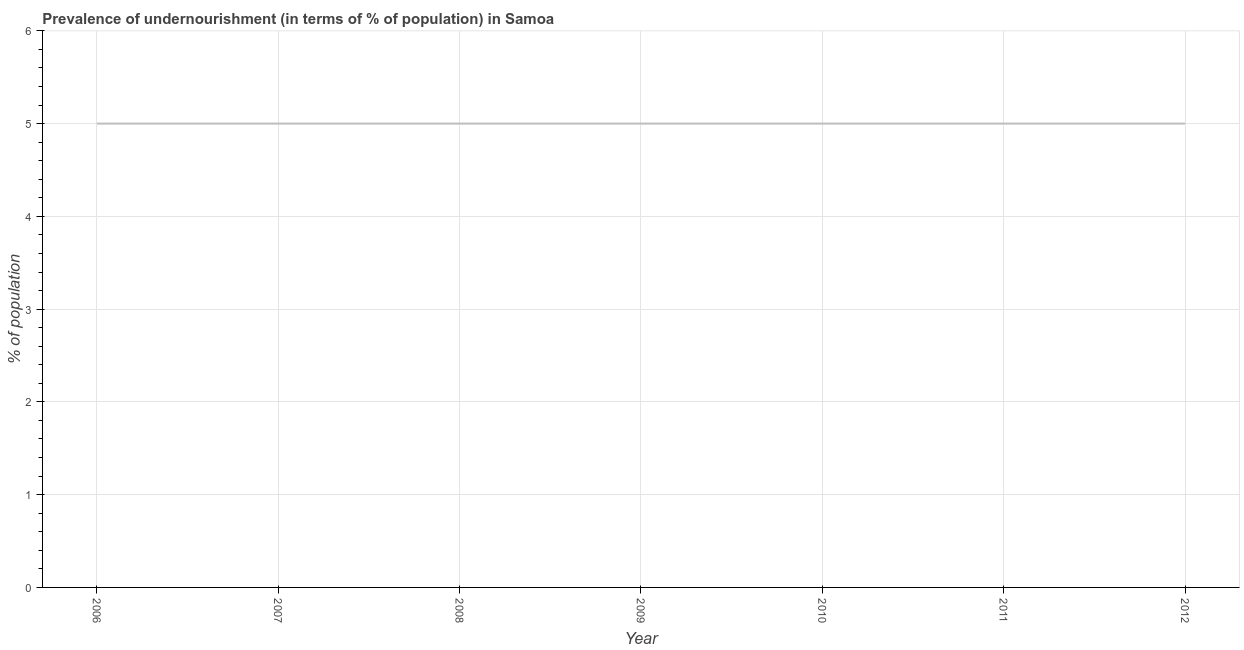
| Year | Prevalence of undernourishment |
 | --- | --- |
 | 2006 | 5 |
 | 2007 | 5 |
 | 2008 | 5 |
 | 2009 | 5 |
 | 2010 | 5 |
 | 2011 | 5 |
 | 2012 | 5 |